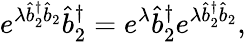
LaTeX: e^{\lambda\hat{b}_{2}^{\dagger}\hat{b}_{2}}\hat{b}_{2}^{\dagger}=e^{\lambda}\hat{b}_{2}^{\dagger}e^{\lambda\hat{b}_{2}^{\dagger}\hat{b}_{2}},